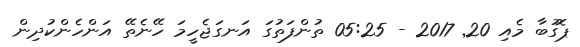
ޕޮގުބާ މެއި 20